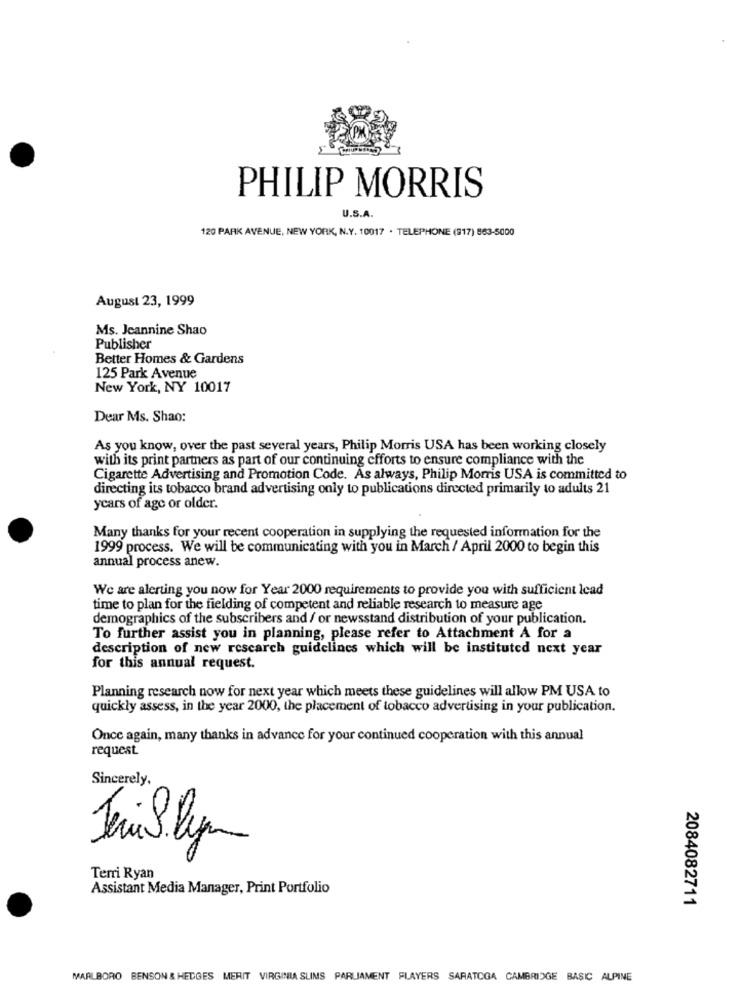
PHILIP MORRIS
U.S.A.
120 PARK AVENUE, NEW YORK, N.Y. 10017 . TELEPHONE (917) 863-5000
August 23, 1999
Ms. Jeannine Shao
Publisher
Better Homes & Gardens
125 Park Avenue
New York, NY 10017
Dear Ms. Shao:
As you know, over the past several years, Philip Morris USA has been working closely
with its print partners as part of our continuing efforts to ensure compliance with the
Cigarette Advertising and Promotion Code. As always, Philip Morris USA is committed to
directing its tobacco brand advertising only to publications directed primarily to adults 21
years of age or older.
Many thanks for your recent cooperation in supplying the requested information for the
1999 process. We will be communicating with you in March / April 2000 to begin this
annual process anew.
We are alerting you now for Year 2000 requirements to provide you with sufficient lead
time to plan for the fielding of competent and reliable research to measure age
demographics of the subscribers and / or newsstand distribution of your publication.
To further assist you in planning, please refer to Attachment A for a
description of new research guidelines which will be instituted next year
for this annual request.
Planning research now for next year which meets these guidelines will allow PM USA to
quickly assess, in the year 2000, the placement of tobacco advertising in your publication.
Once again, many thanks in advance for your continued cooperation with this annual
request
Sincerely
Terri Ryan
Assistant Media Manager, Print Portfolio
2084082711
MARLBORO BENSON & HEDGES MERIT VIRGINIA SLIMS PARLIAMENT FLAYERS SARATOGA CAMBRIDGE BASIC ALPINE